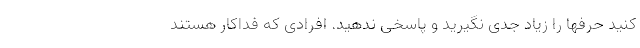
کنید حرفها را زیاد جدی نگیرید و پاسخی ندهید. افرادی که فداکار هستند